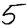
Digit: 5